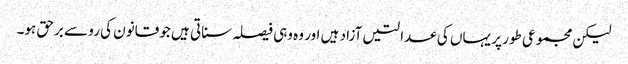
لیکن مجموعی طور پر یہاں کی عدالتیں آزاد ہیں اور وہ وہی فیصلہ سناتی ہیں جو قانون کی رو سے برحق ہو۔